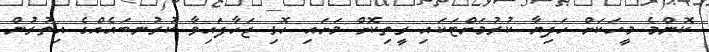
ކޮންމެ މީހަކަށް ހަދިޔާ ކުރުމަށްޓަކައި ރީތިކޮށް މަށައި ހޮޅި ޖަހާފައިވާ ކުރުނބައެއްގެ އިތުރުން